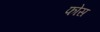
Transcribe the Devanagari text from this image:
फोस